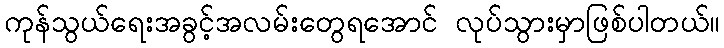
ကုန်သွယ်ရေးအခွင့်အလမ်းတွေရအောင် လုပ်သွားမှာဖြစ်ပါတယ်။